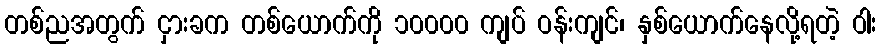
တစ်ညအတွက် ငှားခက တစ်ယောက်ကို ၁၀၀၀၀ ကျပ် ဝန်းကျင်၊ နှစ်ယောက်နေလို့ရတဲ့ ဝါး